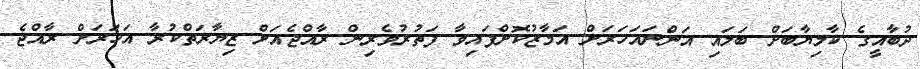
ދުބާއީގެ ކާމިޔާބަށް ބަލައި އަންނައަހަރަށް އަމާޒުކޮށްފައިވާ ފަތުރުވެރިން ރާއްޖެއަށް ޒިޔާރަތްކުރާ އަހަރަށް ރާއްޖެ